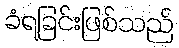
ခံရခြင်းဖြစ်သည်